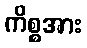
ကိစ္စအား